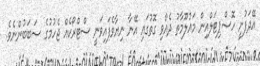
އޭދަފުށީ ހޮސްޕިޓަލްއިން މައުލޫމާތު ދެއްވި ގޮތުގައި އޭނާ ނިޔާވެފައިވަނީ ސްޓްރޯކެއް ޖެހުމުގެ ސަބަބުންނެވެ.